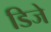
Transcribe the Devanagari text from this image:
डिजे